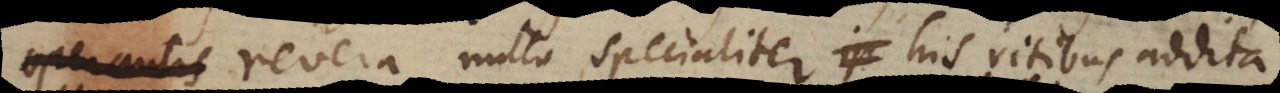
operato, revera nulla specialiter his ritibus addita